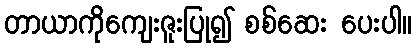
တာယာကိုကျေးဇူးပြု၍ စစ်ဆေး ပေးပါ။